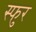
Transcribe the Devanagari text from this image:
स्‍फुर